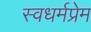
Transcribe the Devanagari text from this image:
स्वधर्मप्रेम